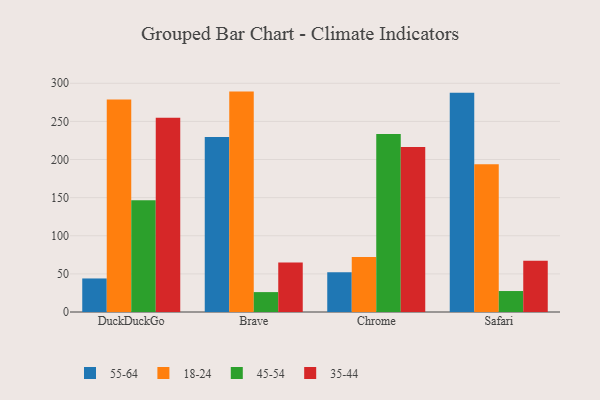
{"axis": {"x": "Browser", "y": "Demand Index"}, "legend": ["18-24", "35-44", "45-54", "55-64"], "data": [{"x": "DuckDuckGo", "y": 44.0, "type": "55-64"}, {"x": "DuckDuckGo", "y": 278.9, "type": "18-24"}, {"x": "DuckDuckGo", "y": 146.5, "type": "45-54"}, {"x": "DuckDuckGo", "y": 254.9, "type": "35-44"}, {"x": "Brave", "y": 229.5, "type": "55-64"}, {"x": "Brave", "y": 289.1, "type": "18-24"}, {"x": "Brave", "y": 26.1, "type": "45-54"}, {"x": "Brave", "y": 65.0, "type": "35-44"}, {"x": "Chrome", "y": 52.1, "type": "55-64"}, {"x": "Chrome", "y": 72.0, "type": "18-24"}, {"x": "Chrome", "y": 233.4, "type": "45-54"}, {"x": "Chrome", "y": 216.3, "type": "35-44"}, {"x": "Safari", "y": 287.5, "type": "55-64"}, {"x": "Safari", "y": 193.7, "type": "18-24"}, {"x": "Safari", "y": 27.5, "type": "45-54"}, {"x": "Safari", "y": 67.2, "type": "35-44"}]}